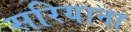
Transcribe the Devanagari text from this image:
सरियाना